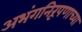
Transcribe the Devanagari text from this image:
अभंगनिरूपणाच्या